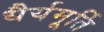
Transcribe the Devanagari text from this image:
धैर्यमूर्ति